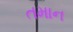
તમાન